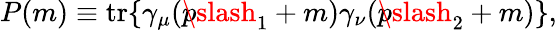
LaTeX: P(m)\equiv\mathrm{tr}\{ \gamma_{\mu}({p\! \! \! \slash}_{1}+m)\gamma_{\nu}({p\! \! \! \slash}_{2}+m)\} ,